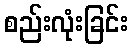
စည်းလုံးခြင်း